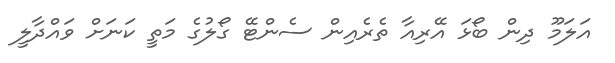
އަލަމޫ ދިން ބޯޅަ އޭރިއާ ތެރެއިން ސެންޓޭ ގޯލުގެ މަތީ ކަނަށް ވައްދާލީ